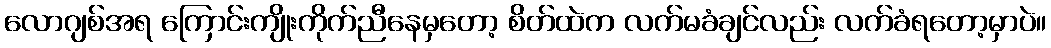
လောဂျစ်အရ ကြောင်းကျိုးကိုက်ညီနေမှတော့ စိတ်ထဲက လက်မခံချင်လည်း လက်ခံရတော့မှာပဲ။